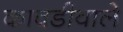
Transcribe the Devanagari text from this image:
कावडीवाले